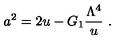
a ^ { 2 } = 2 u - G _ { 1 } { \frac { \Lambda ^ { 4 } } { u } } \ .